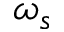
\omega _ { s }